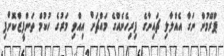
ޕްރޭމުން ނަގާ އެއްލާލި ޗައިނާގެ ފިރިހެނެއްގެ މައްޗަށް އިއްވި މަރުގެ ހުކުމް ތަންފީޒްކޮށްފި